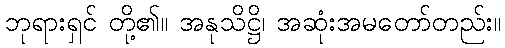
ဘုရားရှင် တို့၏။ အနုသိဋ္ဌိ၊ အဆုံးအမတော်တည်း။